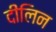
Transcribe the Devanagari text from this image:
दीलिन